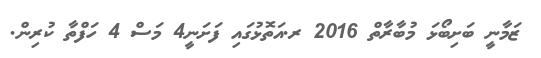
ޒަމާނީ ބަށިބޯޅަ މުބާރާތް 2016 ރ.އަތޮޅުގައި ފަށަނީ4 މަސް 4 ހަފްތާ ކުރިން.